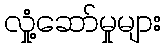
လှုံ့ဆော်မှုများ